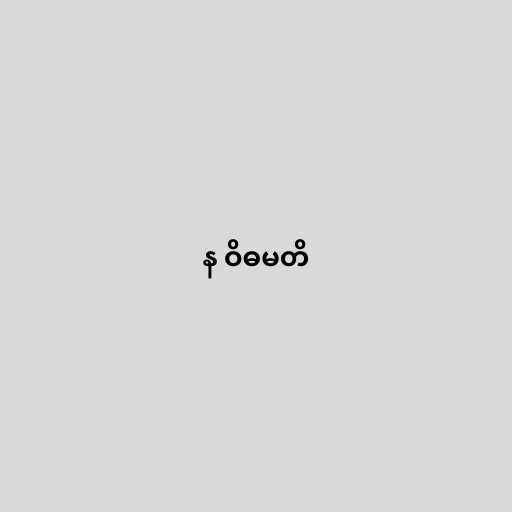
န ဝိဓမတိ